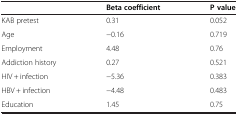
|  | Beta coefficient | P value |
 | --- | --- | --- |
 | KAB pretest | 0.31 | 0.052 |
 | Age | −0.16 | 0.719 |
 | Employment | 4.48 | 0.76 |
 | Addiction history | 0.27 | 0.521 |
 | HIV + infection | −5.36 | 0.383 |
 | HBV + infection | −4.48 | 0.483 |
 | Education | 1.45 | 0.75 |